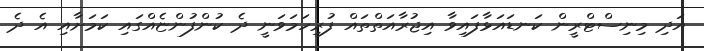
އަދި މިނިސްޓްރީން ކަނޑައަޅާފައިވާ އިޖުރާއަތްތައް ފުރިހަމަވަނީ ދެ ކުންފުންޏެއްގައި ކަމަށާއި އެ ދެ